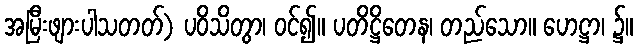
အမြီးဖျားပါသတတ်) ပဝိသိတွာ၊ ဝင်၍။ ပတိဋ္ဌိတေန၊ တည်သော။ ဟေဋ္ဌာ၊ ၌။